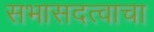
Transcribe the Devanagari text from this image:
सभासदत्वाचा